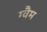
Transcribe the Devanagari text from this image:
ग्वैम